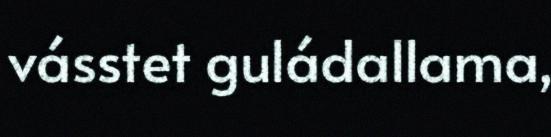
vásstet guládallama,